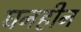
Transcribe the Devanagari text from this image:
घनहीन